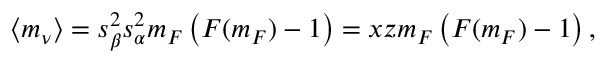
\langle m _ { \nu } \rangle = s _ { \beta } ^ { 2 } s _ { \alpha } ^ { 2 } m _ { F } \left( F ( m _ { F } ) - 1 \right) = x z m _ { F } \left( F ( m _ { F } ) - 1 \right) ,